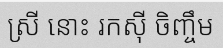
ស្រី នោះ រកស៊ី ចិញ្ចឹម